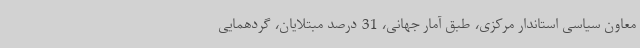
معاون سیاسی استاندار مرکزی، طبق آمار جهانی، 31 درصد مبتلایان، گردهمایی